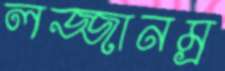
লজ্জানম্র